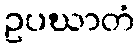
ဥပဃာတံ